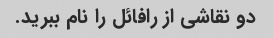
دو نقاشی از رافائل را نام ببرید.